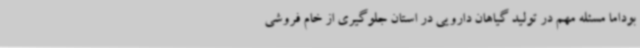
بوداما مسئله مهم در تولید گیاهان دارویی در استان جلوگیری از خام فروشی